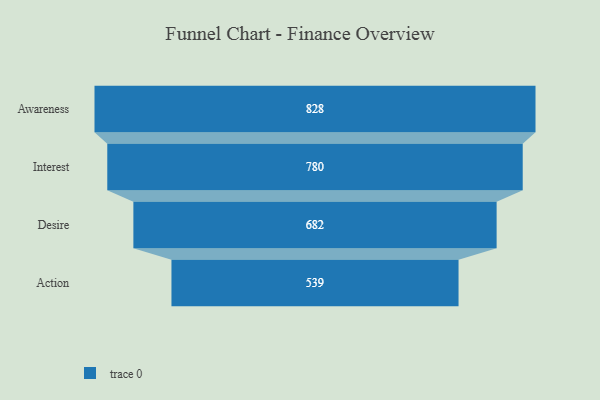
{"axis": {"x": "Stage", "y": "Value"}, "legend": [""], "data": [{"x": "Awareness", "y": 828.0, "type": ""}, {"x": "Interest", "y": 780.0, "type": ""}, {"x": "Desire", "y": 682.0, "type": ""}, {"x": "Action", "y": 539.0, "type": ""}]}